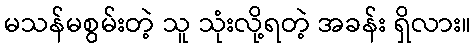
မသန်မစွမ်းတဲ့ သူ သုံးလို့ရတဲ့ အခန်း ရှိလား။